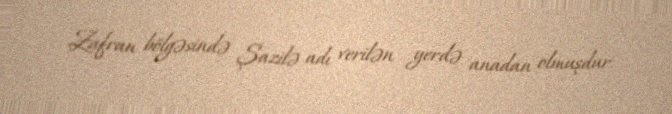
Zafran bölgəsində Şazilə adı verilən yerdə anadan olmuşdur.